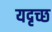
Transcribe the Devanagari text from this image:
यदृच्छ